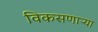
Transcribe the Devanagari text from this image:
विकसणाऱ्या